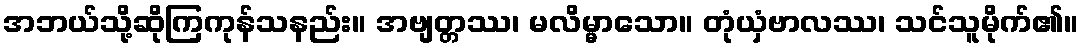
အဘယ်သို့ဆိုကြကုန်သနည်း။ အဗျတ္တဿ၊ မလိမ္မာသော။ တုံယှံဗာလဿ၊ သင်သူမိုက်၏။